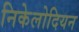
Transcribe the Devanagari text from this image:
निकेलोदियन